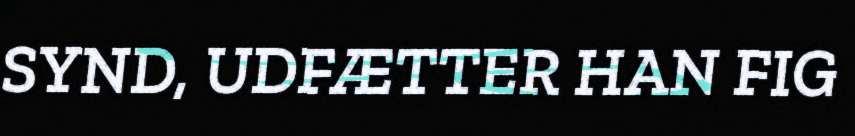
SYND, UDFÆTTER HAN FIG